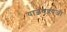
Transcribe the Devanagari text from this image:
याज्ञवक्ल्यजी